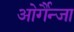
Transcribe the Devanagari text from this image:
ओर्गैन्जा